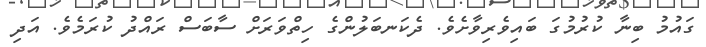
ގައުމު ބިނާ ކުރުމުގަ ބައިވެރިވާށެވެ. ދެކަނބަލުންގެ ހިތްވަރަށް ސާބަސް ރައްދު ކުރަމެވެ. އަދި